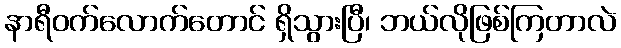
နာရီဝက်လောက်တောင် ရှိသွားပြီ၊ ဘယ်လိုဖြစ်ကြတာလဲ